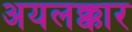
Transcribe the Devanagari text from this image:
अयलक्कार